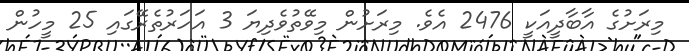
މިރަށުގެ އާބާދީއަކީ 2476 އެވެ. މިރަށުން މިވޭތުވެދިޔަ 3 އަހަރުތެރޭގައި 25 މީހުން